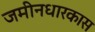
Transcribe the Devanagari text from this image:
जमीनधारकास